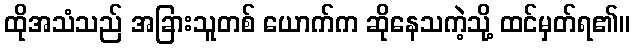
ထိုအသံသည် အခြားသူတစ် ယောက်က ဆိုနေသကဲ့သို့ ထင်မှတ်ရ၏။